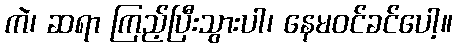
ကဲ၊ ဆရာ ကြည့်ပြီးသွားပါ၊ နေမဝင်ခင်ပေါ့။